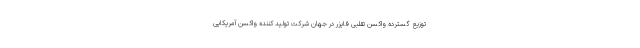
توزیع گسترده واکسن تقلبی فایزر در جهان شرکت تولید کننده واکسن آمریکایی